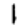
Digit: 1